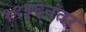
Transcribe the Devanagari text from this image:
१९३६नंतर